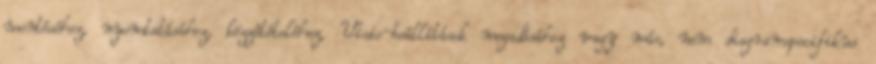
mentéséhez, nyomtatásához, közzétételéhez, Visio-beállítások megadásához vagy más, nem diagramspecifikus